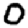
Digit: 0